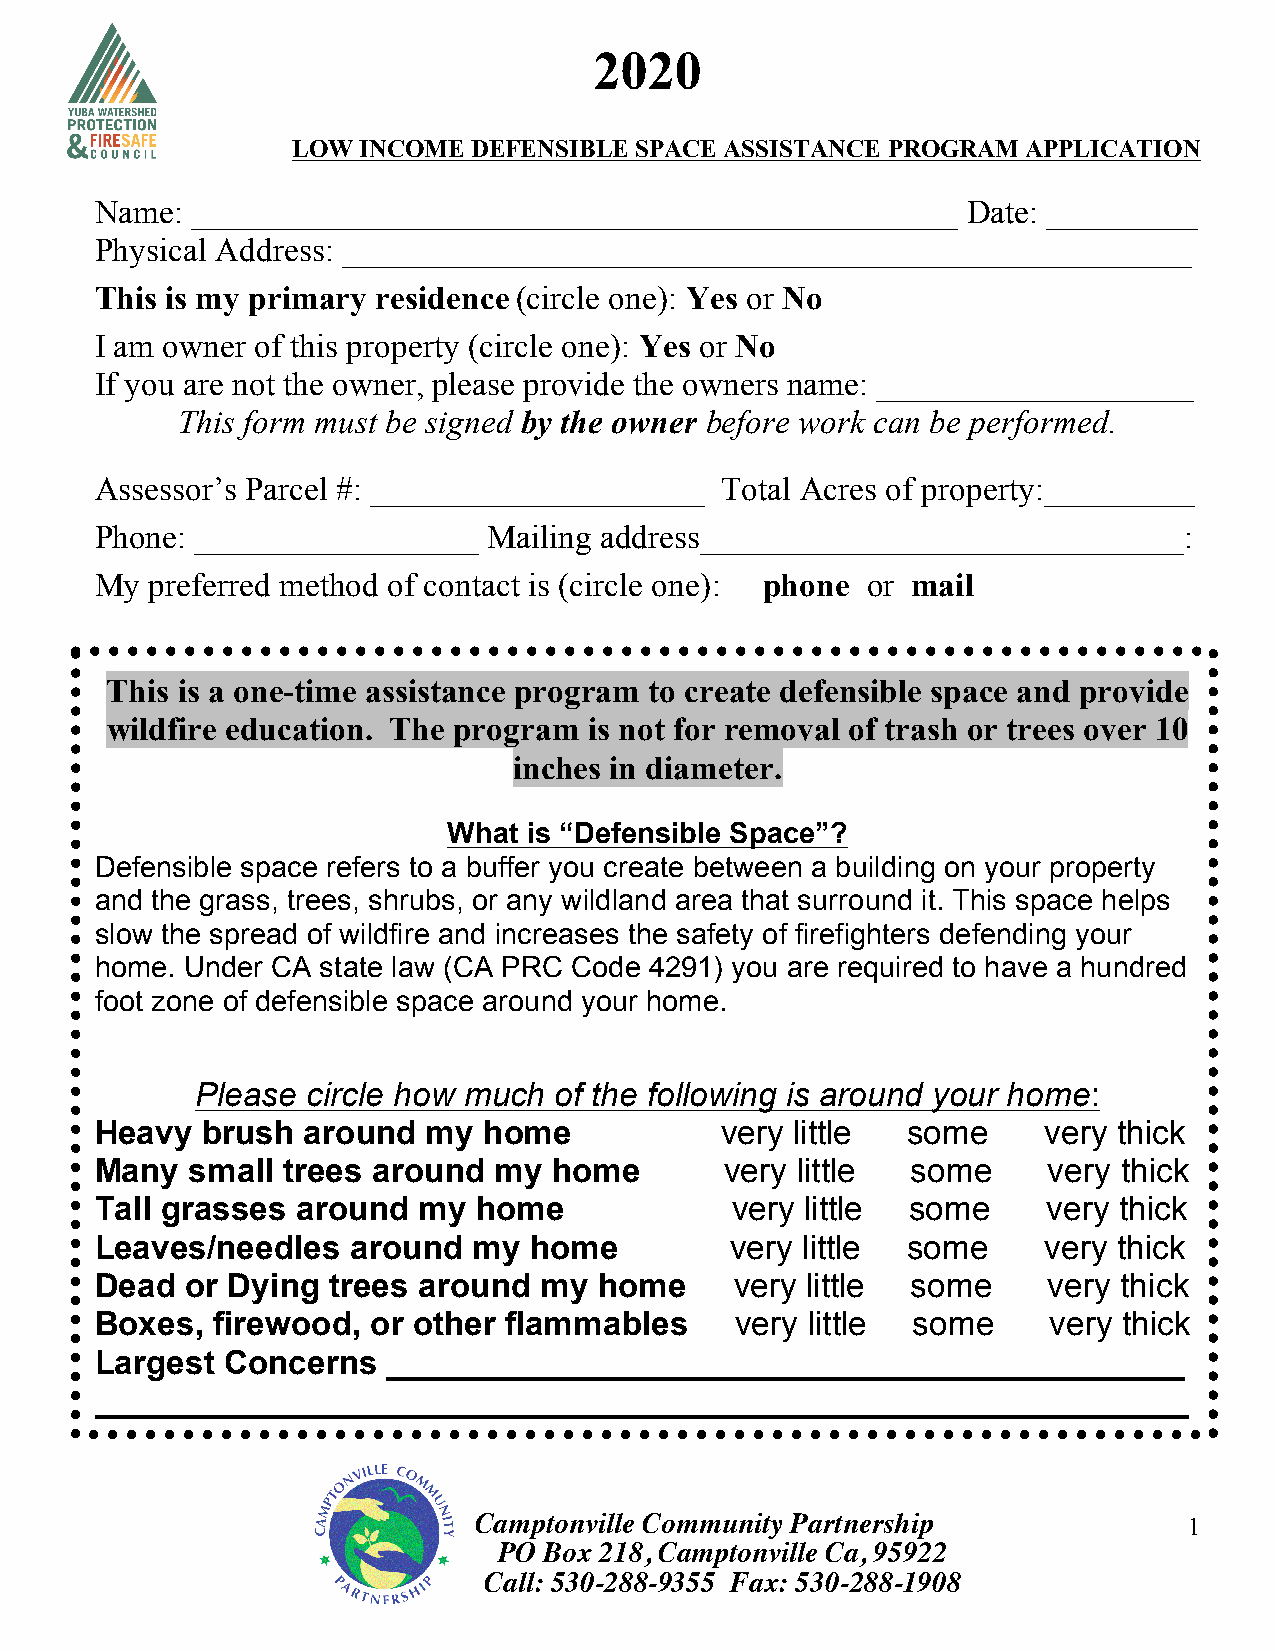
2020
 LOW  INCOME DEFENSIBLE SPACE ASSISTANCE PROGRAM  APPLICATION
 Name:  ______________________________________________     Date: _________
 Physical Address: ___________________________________________________
 This is my primary residence (circle one): Yes or No
 I am owner of this property (circle one): Yes or No
 If you are not the owner, please provide the owners name: ___________________
 This form must be signed by the owner before work can be performed.
 Assessor’s Parcel #: ____________________ Total Acres of property:_________
 Phone: _________________  Mailing address_____________________________:
 My  preferred method of contact is (circle one): phone or mail
 This is a one-time assistance program to create defensible space and provide
 wildfire education. The program is not for removal of trash or trees over 10
 inches in diameter.
 What is “Defensible Space”?
 Defensible space refers to a buffer you create between a building on your property
 and the grass, trees, shrubs, or any wildland area that surround it. This space helps
 slow the spread of wildfire and increases the safety of firefighters defending your
 home. Under CA state law (CA PRC Code 4291) you are required to have a hundred
 foot zone of defensible space around your home.
 Please circle how much  of the following is around your home:
 Heavy  brush  around  my  home            very little some     very thick
 Many   small trees around  my  home       very little some     very thick
 Tall grasses  around  my  home            very little some     very thick
 Leaves/needles   around  my  home         very little some     very thick
 Dead  or Dying  trees around  my  home     very little some    very thick
 Boxes,  firewood,  or other flammables     very little some     very thick
 Largest  Concerns   ___________________________________________
 ___________________________________________________________
 Camptonville Community Partnership              1
 PO Box 218, Camptonville Ca, 95922
 Call: 530-288-9355 Fax: 530-288-1908